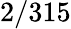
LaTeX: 2/315